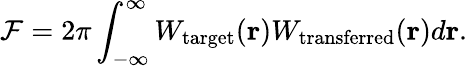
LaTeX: \mathcal{F}=2\pi\int_{-\infty}^{\infty}W_{\mathrm{target}}(\textbf{r})W_{\mathrm{transferred}}(\textbf{r})d\textbf{r}.